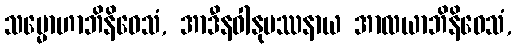
သမ္မောဟာဘိနိဝေသံ, အာဒီနဝါနုပဿနာယ အာလယာဘိနိဝေသံ,